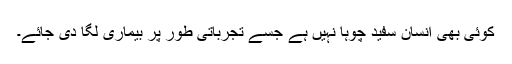
کوئی بھی انسان سفید چوہا نہیں ہے جسے تجرباتی طور پر بیماری لگا دی جائے۔